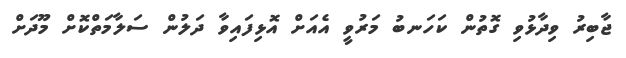
ޖާބިރު ވިދާޅުވި ގޮތުން ކަހަނބު މަރުވީ އެއަށް އޮޅިފައިވާ ދަލުން ސަލާމަތްކޮށް މޫދަށް